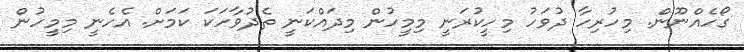
ގޯހެއްނޫން. މިހުރިހާ ދުވަހު މިހީކުރަނީ މިމީހުން މިދައްކަނީ ތެދުވާހަކަ ކަމަށް. އެހެނީ މިމީހުން